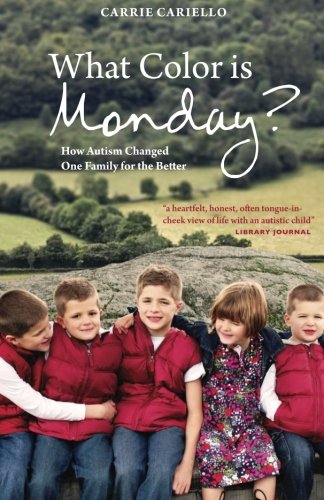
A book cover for What Color is Monday?: How Autism Changed One Family for the Better; Carrie Cariello; Biographies & Memoirs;